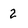
Character: 2